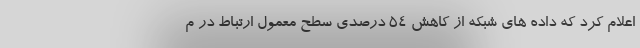
اعلام کرد که داده های شبکه از کاهش ۵۴ درصدی سطح معمول ارتباط در م